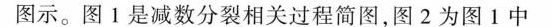
图示。图1是减数分裂相关过程简图，图2为图1中